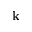
\mathbf { k }